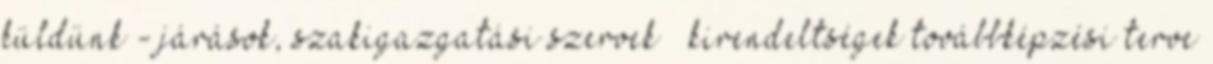
küldünk - járások, szakigazgatási szervek – kirendeltségek továbbképzési terve